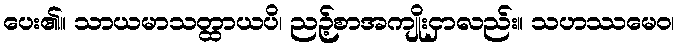
ပေး၏။ သာယမာသတ္ထာယပိ၊ ညဉ့်စာအကျိုးငှာလည်း။ သဟဿမေဝ၊